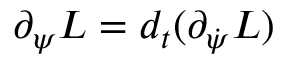
\partial _ { \psi } L = d _ { t } ( \partial _ { \dot { \psi } } L )